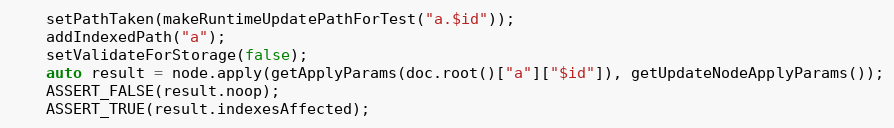
Language: C++
    setPathTaken(makeRuntimeUpdatePathForTest("a.$id"));
    addIndexedPath("a");
    setValidateForStorage(false);
    auto result = node.apply(getApplyParams(doc.root()["a"]["$id"]), getUpdateNodeApplyParams());
    ASSERT_FALSE(result.noop);
    ASSERT_TRUE(result.indexesAffected);